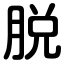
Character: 脱